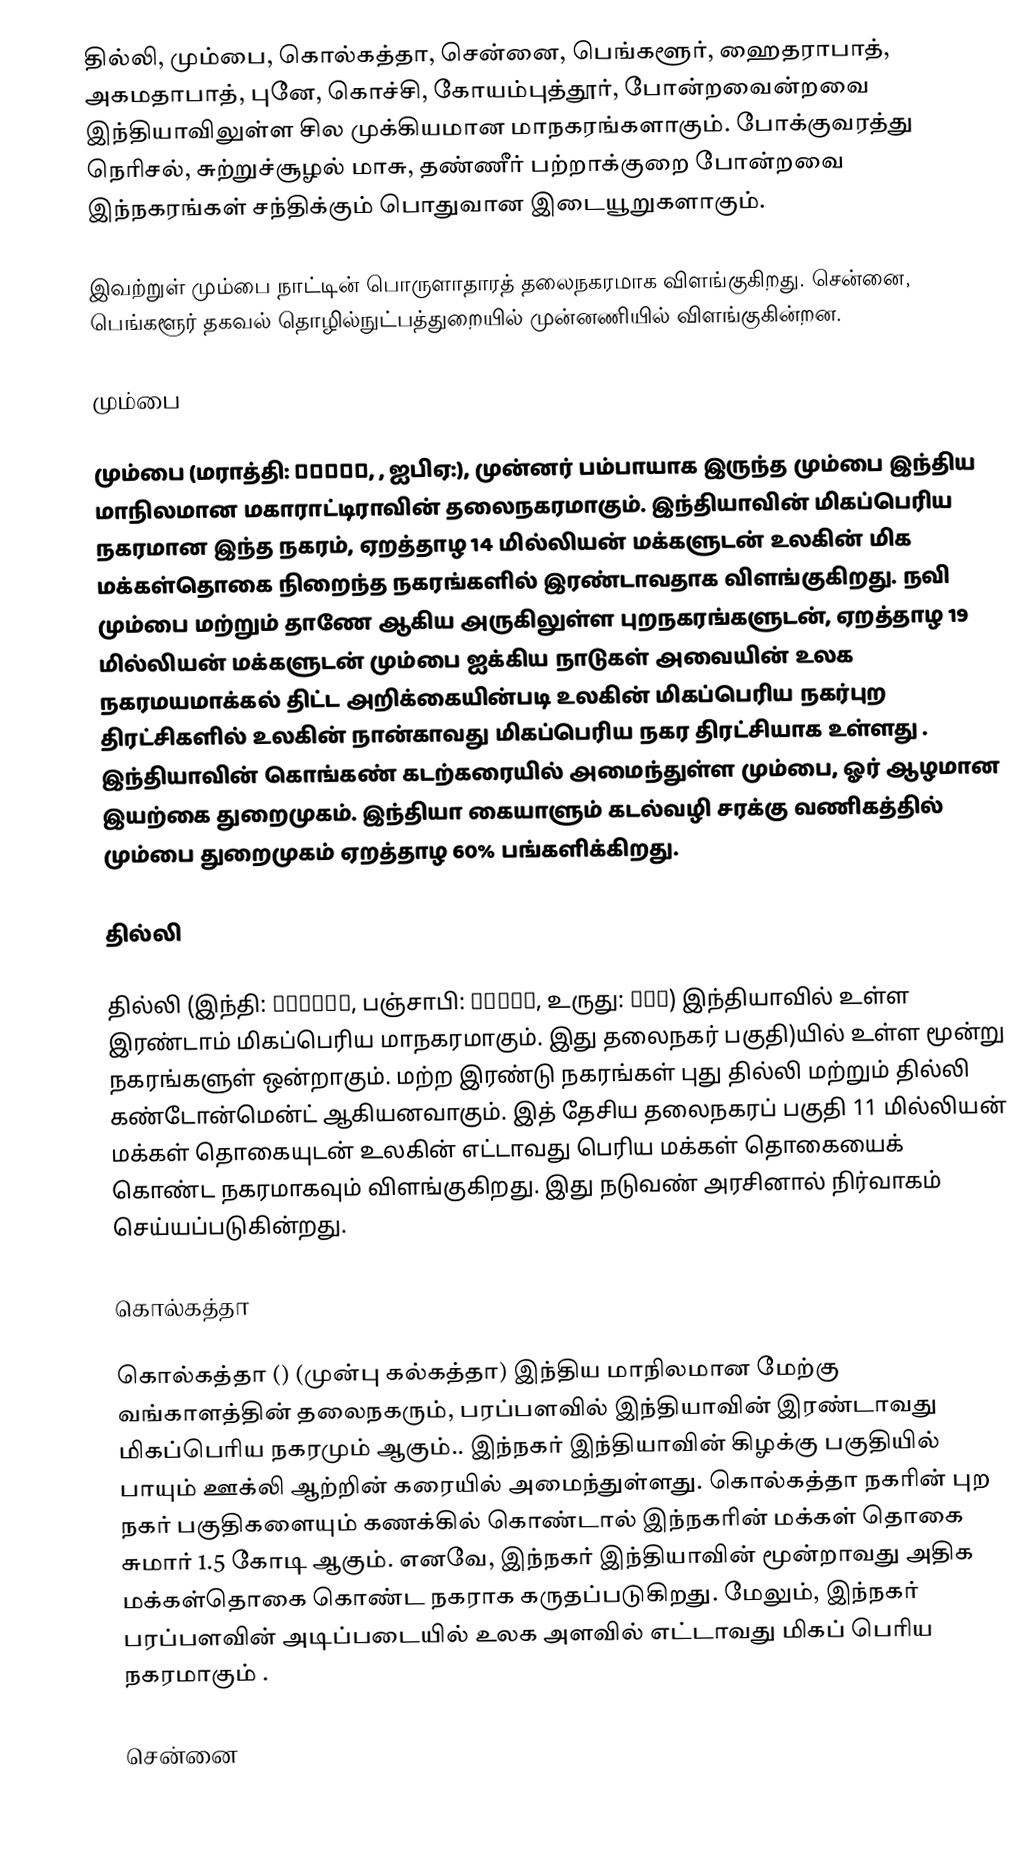
தில்லி, மும்பை, கொல்கத்தா, சென்னை, பெங்களூர், ஹைதராபாத், அகமதாபாத், புனே, கொச்சி, கோயம்புத்தூர், போன்றவைன்றவை இந்தியாவிலுள்ள சில முக்கியமான மாநகரங்களாகும். போக்குவரத்து நெரிசல், சுற்றுச்சூழல் மாசு, தண்ணீர் பற்றாக்குறை போன்றவை இந்நகரங்கள் சந்திக்கும் பொதுவான இடையூறுகளாகும்.

இவற்றுள் மும்பை நாட்டின் பொருளாதாரத் தலைநகரமாக விளங்குகிறது. சென்னை, பெங்களூர் தகவல் தொழில்நுட்பத்துறையில் முன்னணியில் விளங்குகின்றன.

மும்பை

மும்பை (மராத்தி: मुंबई,  , ஐபிஏ:), முன்னர் பம்பாயாக இருந்த மும்பை இந்திய மாநிலமான மகாராட்டிராவின் தலைநகரமாகும். இந்தியாவின் மிகப்பெரிய நகரமான இந்த நகரம், ஏறத்தாழ 14 மில்லியன் மக்களுடன் உலகின் மிக மக்கள்தொகை நிறைந்த நகரங்களில் இரண்டாவதாக விளங்குகிறது. நவி மும்பை மற்றும் தாணே ஆகிய அருகிலுள்ள புறநகரங்களுடன், ஏறத்தாழ 19 மில்லியன் மக்களுடன் மும்பை ஐக்கிய நாடுகள் அவையின் உலக நகரமயமாக்கல் திட்ட அறிக்கையின்படி உலகின் மிகப்பெரிய நகர்புற திரட்சிகளில் உலகின் நான்காவது மிகப்பெரிய நகர திரட்சியாக உள்ளது . இந்தியாவின் கொங்கண் கடற்கரையில் அமைந்துள்ள மும்பை, ஓர் ஆழமான இயற்கை துறைமுகம். இந்தியா கையாளும் கடல்வழி சரக்கு வணிகத்தில் மும்பை துறைமுகம் ஏறத்தாழ 60% பங்களிக்கிறது.

தில்லி

தில்லி (இந்தி: दिल्ली, பஞ்சாபி: ਦਿੱਲੀ, உருது: دلی) இந்தியாவில் உள்ள இரண்டாம் மிகப்பெரிய மாநகரமாகும். இது தலைநகர் பகுதி)யில் உள்ள மூன்று நகரங்களுள் ஒன்றாகும். மற்ற இரண்டு நகரங்கள் புது தில்லி மற்றும் தில்லி கண்டோன்மென்ட் ஆகியனவாகும். இத் தேசிய தலைநகரப் பகுதி 11 மில்லியன் மக்கள் தொகையுடன் உலகின் எட்டாவது பெரிய மக்கள் தொகையைக் கொண்ட நகரமாகவும் விளங்குகிறது. இது நடுவண் அரசினால் நிர்வாகம் செய்யப்படுகின்றது.

கொல்கத்தா

கொல்கத்தா () (முன்பு கல்கத்தா) இந்திய மாநிலமான மேற்கு வங்காளத்தின் தலைநகரும், பரப்பளவில் இந்தியாவின் இரண்டாவது மிகப்பெரிய நகரமும் ஆகும்.. இந்நகர் இந்தியாவின் கிழக்கு பகுதியில் பாயும் ஊக்லி ஆற்றின் கரையில் அமைந்துள்ளது. கொல்கத்தா நகரின் புற நகர் பகுதிகளையும் கணக்கில் கொண்டால் இந்நகரின் மக்கள் தொகை சுமார் 1.5 கோடி ஆகும். எனவே, இந்நகர் இந்தியாவின் மூன்றாவது அதிக மக்கள்தொகை கொண்ட நகராக கருதப்படுகிறது. மேலும், இந்நகர் பரப்பளவின் அடிப்படையில் உலக அளவில் எட்டாவது மிகப் பெரிய நகரமாகும் .

சென்னை